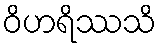
ဝိဟရိဿသိ